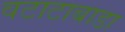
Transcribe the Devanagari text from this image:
वटाटाबाडा